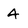
Character: 4